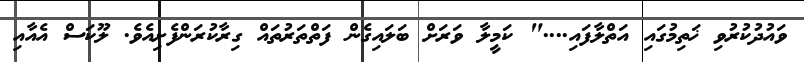
ވައުދުކުރުވި ޚަތިމުގައި އަތްލާފައި...." ކަމީލާ ވަރަށް ބަލައިގެން ފަތްތަރުތައް ގިރާކުރަންފެށިއެވެ. ލޫކަސް އެއާއި